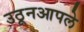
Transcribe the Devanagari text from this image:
उठूनआपले